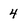
Character: 4